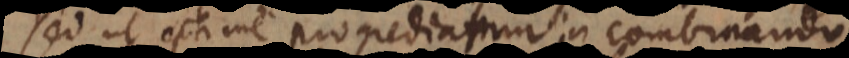
Sed ut optime progrediamur in combinando